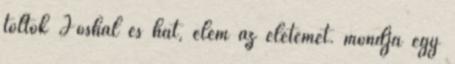
töltök Joshal és hát, élem az életemet. mondja egy